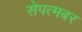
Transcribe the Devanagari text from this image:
सेपत्मबर